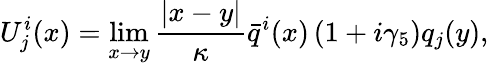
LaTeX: U_{j}^{i}(x)=\operatorname*{lim}_{x\rightarrow y}{\frac{\left|x-y\right|}{\kappa}}\bar{q}^{i}(x)\left(1+i\gamma_{5}\right)q_{j}(y),